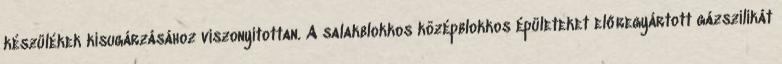
készülékek kisugárzásához viszonyítottan. A salakblokkos középblokkos épületeket előregyártott gázszilikát